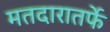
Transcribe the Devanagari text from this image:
मतदारातर्फे